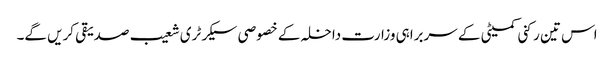
اس تین رکنی کمیٹی کے سربراہی وزارت داخلہ کے خصوصی سیکرٹری شعیب صدیقی کریں گے۔